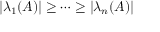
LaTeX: \left| \lambda _ { 1 } ( A ) \right| \geq \cdots \geq \left| \lambda _ { n } ( A ) \right|